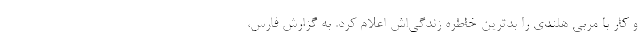
و کار با مربی هلندی را بدترین خاطره زندگی‌اش اعلام کرد. به گزارش فارس،